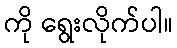
ကို ရွေးလိုက်ပါ။